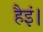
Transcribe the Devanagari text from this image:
हैइं।